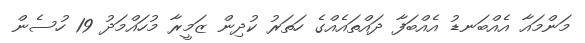
މަންމައާ އެއްބަނޑު އެއްބަފާ ދައްތައެއްގެ ހަތަރު ކުދިން ޒަމީރާ މުހައްމަދު 19 ހުސެން